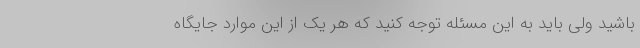
باشید ولی باید به این مسئله توجه کنید که هر یک از این موارد جایگاه